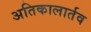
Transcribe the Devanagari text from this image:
अतिकालार्तव